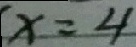
x = 4